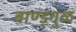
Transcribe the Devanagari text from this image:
बाण्ड्गुळ